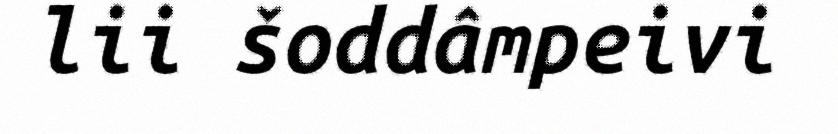
lii šoddâmpeivi